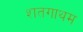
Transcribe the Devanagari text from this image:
शतगाथम